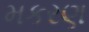
મકરણ